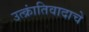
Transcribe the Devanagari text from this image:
उत्क्रांतिवादाचे